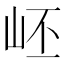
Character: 岯